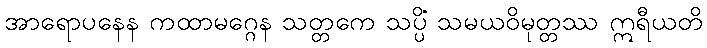
အာရောပနေန ကထာမဂ္ဂေန သတ္တကေ သပ္ပိံ သမယဝိမုတ္တဿ ဣရီယတိ